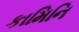
કામિનિ